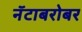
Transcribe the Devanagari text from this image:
नॅटाबरोबर